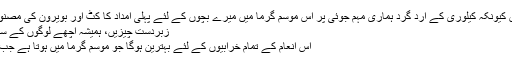
میں جیتنا چاہتا ہوں کیونکہ کیلوری کے ارد گرد ہماری مہم جوئی پر اس موسم گرما میں میرے بچوں کے لئے پہلی امداد کا کٹ اور بویرون کی مصنوعات کامل ہو گی.
زبردست چیزیں، ہمیشہ اچھے لوگوں کے ساتھ ہاتھ پر رہیں :)
اس انعام کے تمام خرابیوں کے لئے بہترین ہوگا جو موسم گرما میں ہوتا ہے جب ہم باہر چلتے ہیں!